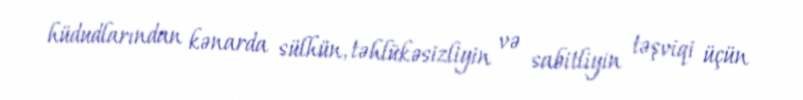
hüdudlarından kənarda sülhün, təhlükəsizliyin və sabitliyin təşviqi üçün